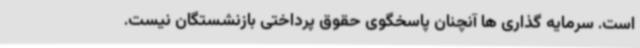
است. سرمایه گذاری ها آنچنان پاسخگوی حقوق پرداختی بازنشستگان نیست.